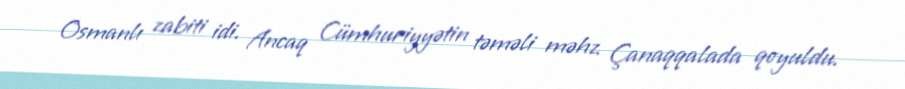
Osmanlı zabiti idi. Ancaq Cümhuriyyətin təməli məhz Çanaqqalada qoyuldu.